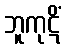
ဘူကုဋိံ